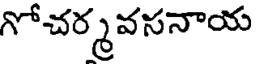
గోచర్మవసనాయ